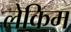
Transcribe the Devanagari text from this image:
लेकिम